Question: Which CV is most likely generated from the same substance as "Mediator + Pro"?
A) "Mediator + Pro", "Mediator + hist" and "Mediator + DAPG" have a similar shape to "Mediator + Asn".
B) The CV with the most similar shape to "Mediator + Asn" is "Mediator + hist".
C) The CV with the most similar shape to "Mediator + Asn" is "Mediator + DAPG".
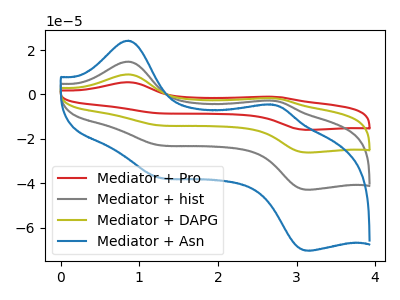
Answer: <think>The red curve "Mediator + Pro" has anodic peaks at (0.85V, 44.30uA) (2.65V, -8.35uA) and cathodic peaks at (1.20V, -67.40uA) (3.15V, -128.55uA). The gray curve "Mediator + hist" has anodic peaks at (0.85V, 14.75uA) (2.65V, -2.80uA) and cathodic peaks at (1.20V, -22.45uA) (3.15V, -42.85uA). The olive curve "Mediator + DAPG" has anodic peaks at (0.85V, 29.50uA) (2.65V, -5.55uA) and cathodic peaks at (1.20V, -44.90uA) (3.15V, -85.70uA). The blue curve "Mediator + Asn" has anodic peaks at (0.85V, 24.20uA) (2.65V, -4.55uA) and cathodic peaks at (1.20V, -36.80uA) (3.15V, -70.25uA).
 All the peaks in "Mediator + Pro" have a peak in "Mediator + hist" at the same potential. All the peaks in "Mediator + Pro" have a peak in "Mediator + DAPG" at the same potential. All the peaks in "Mediator + Pro" have a peak in "Mediator + Asn" at the same potential. All the peaks in "Mediator + hist" have a peak in "Mediator + DAPG" at the same potential. All the peaks in "Mediator + hist" have a peak in "Mediator + Asn" at the same potential. All the peaks in "Mediator + DAPG" have a peak in "Mediator + Asn" at the same potential.</think>
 <answer>A) "Mediator + Pro", "Mediator + hist" and "Mediator + DAPG" have a similar shape to "Mediator + Asn".</answer>
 <eval>A</eval>